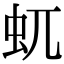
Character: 𧈭